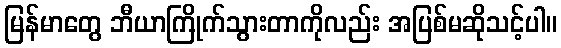
မြန်မာတွေ ဘီယာကြိုက်သွားတာကိုလည်း အပြစ်မဆိုသင့်ပါ။